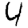
Digit: 4